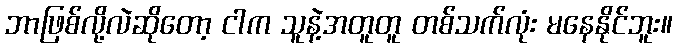
ဘာဖြစ်လို့လဲဆိုတော့ ငါက သူနဲ့အတူတူ တစ်သက်လုံး မနေနိုင်ဘူး။